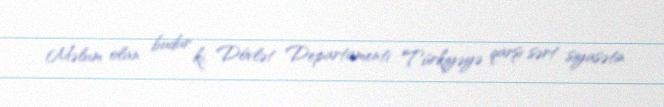
Məlum olan budur ki, Dövlət Departamenti Türkiyəyə qarşı sərt siyasətin